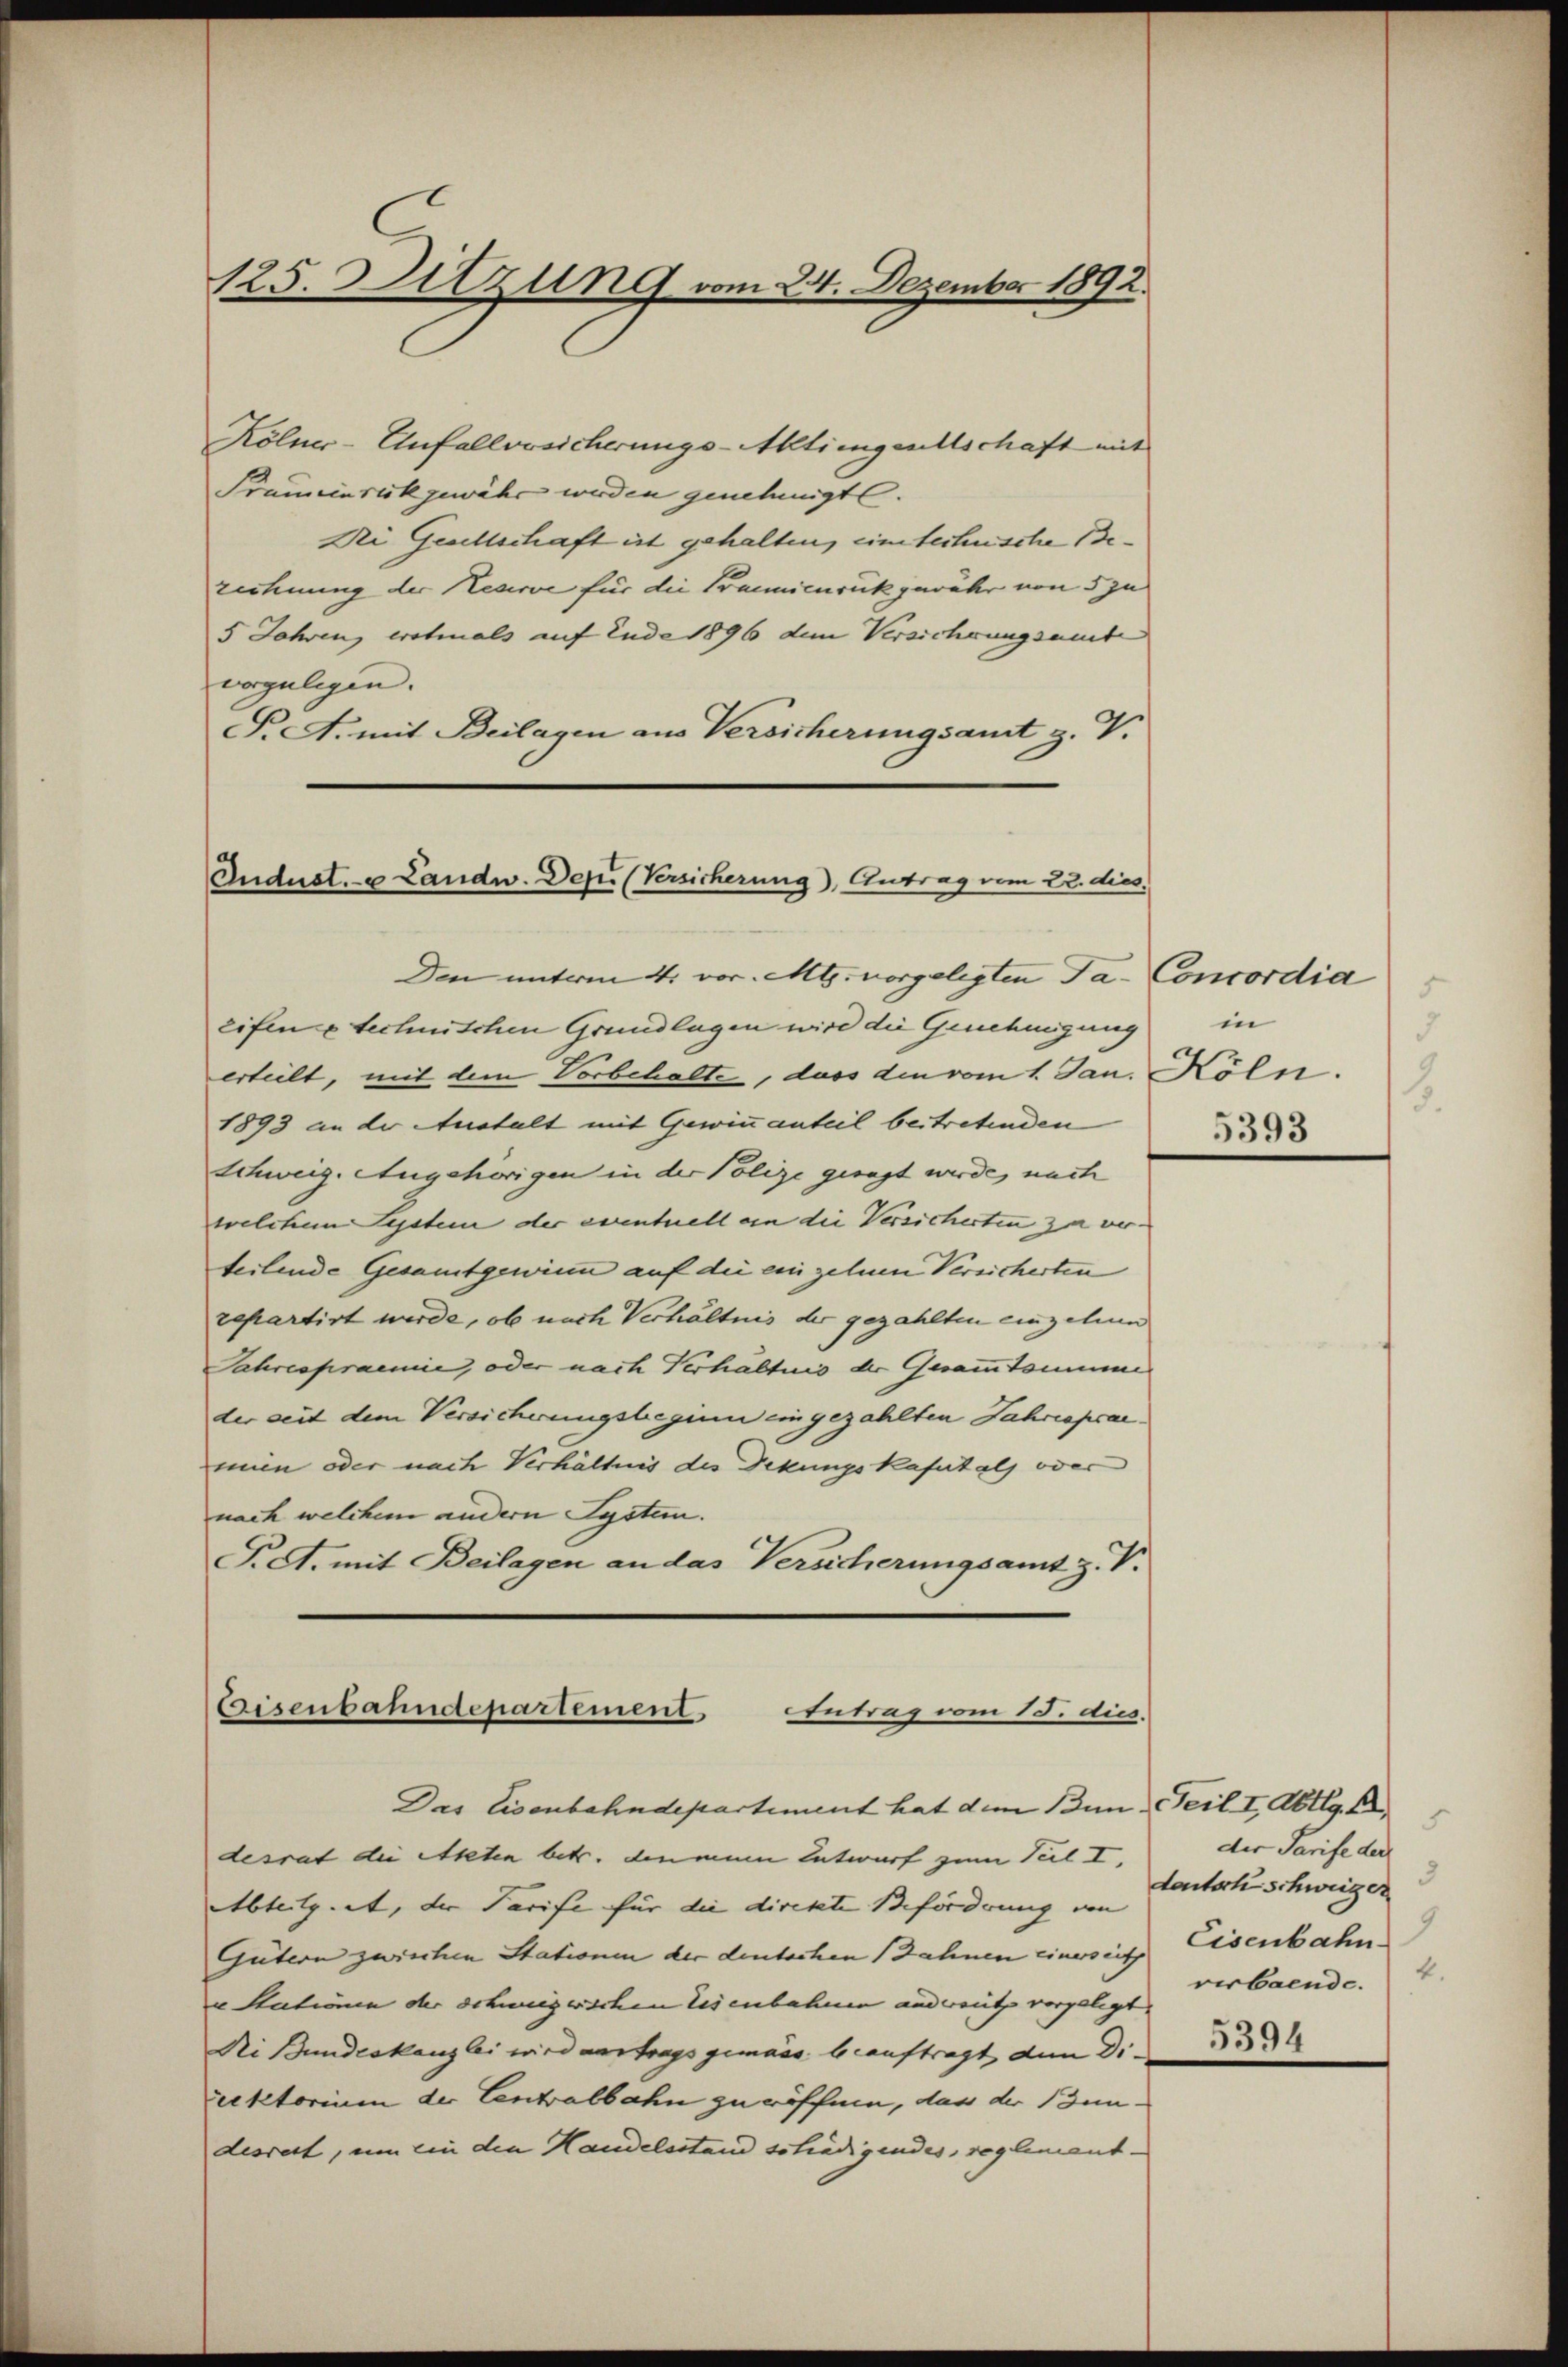
125. Sitzung vom 24. Dezember 1892.

Kölner-Unfallversicherungs-Aktiengentschaft mit
Frauenseit gewähr werden genehmigt.
Dei Gesellschaft ist gehalten, eine techensche Berechnung der Neure für die Braunicuruck gewähr von 5 zu
5 Jahren, erstmals auf Ende 1896 dem Versicherungsamte
vorgelegen.
P.A. mit Beilagen aus Versicherungsamt z. V.

Indust, u Landw. Depi (Versicherung), Antrag vom 22. dies.

Eisenbahndepartement
Antrag vom 15. dies

Den unterm 4. vor. Mts. vorgelegten Ta- Concordia
eifen u technischen Grundlagen wird die Genehmigung in
erteilt, mit dem Vorbehalte, dass den vom 1. Jan. Köln.
1893 an der Austalt mit Gewinnanteil beitretenden
Schweiz. Augehörigen in der Polize gesagt wurde, nach
welchem System der eventuell an die Versicherten zu verteilende Gesamtgewinn auf die einzelnen Versicherten
repartirt werde, ob nach Verhältnis der gezahlten einzelne
Jahrespraemie, oder nach Verhältnis der Gesammtomime
der seit dem Versicherungsbeginn eingezahlten Jahrsprac
mien oder nach Verhältnis des Dekungskafutals oder
nach welchem andern System.
Pct. mit Beilagen an das Versicherungsamt z. V.

Das Eisenbahndepartement hat dem Bun Teil I, Abtlg. A
desrat die Akten betr. die mein Entwurf zum Teil I.
Abteilg., die Tarife für die direkte Beförderung von
Gütern zwischen Stationen der deutschen Zahnen einerseith
u Stationen der schweizerischen Eisenbahnen andreutz vorgelegt.
Ni Bundeskanzlei wird vertrags gemäss beauftragt, den Direktorium der Centralbahn zu röffnen, das der Bundesrest, um ein den Handelsstand schädigendes, reglement-

d
3
5393

5
der Tarife der
3
deutsch schweiger
9
Eisenbahn
4.
verbaende.

5394